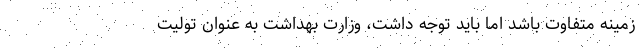
زمینه متفاوت باشد اما باید توجه داشت، وزارت بهداشت به عنوان تولیت